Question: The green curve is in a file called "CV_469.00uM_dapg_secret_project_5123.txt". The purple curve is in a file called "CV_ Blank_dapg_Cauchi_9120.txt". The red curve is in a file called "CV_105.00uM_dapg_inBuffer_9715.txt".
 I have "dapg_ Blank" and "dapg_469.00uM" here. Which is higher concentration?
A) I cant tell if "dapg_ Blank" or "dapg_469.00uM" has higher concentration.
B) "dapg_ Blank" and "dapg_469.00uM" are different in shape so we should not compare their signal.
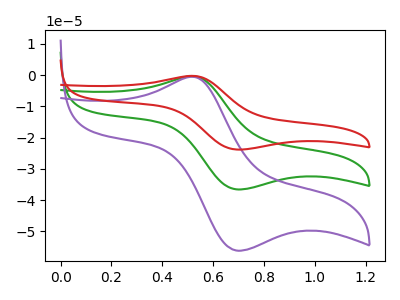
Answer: <think>The green curve "dapg_469.00uM" has an anodic peak at (0.50V, -0.35uA) and a cathodic peak at (0.70V, -36.60uA). The purple curve "dapg_ Blank" has an anodic peak at (0.50V, -0.50uA) and a cathodic peak at (0.70V, -56.20uA). The red curve "dapg_105.00uM" has an anodic peak at (0.50V, -0.65uA) and a cathodic peak at (0.70V, -73.15uA).
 All the peaks in "dapg_ Blank" have a peak in "dapg_469.00uM" at the same potential.</think>
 <answer>A) I cant tell if "dapg_ Blank" or "dapg_469.00uM" has higher concentration.</answer>
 <eval>A</eval>